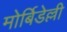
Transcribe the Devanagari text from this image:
मोर्बिडेल्ली